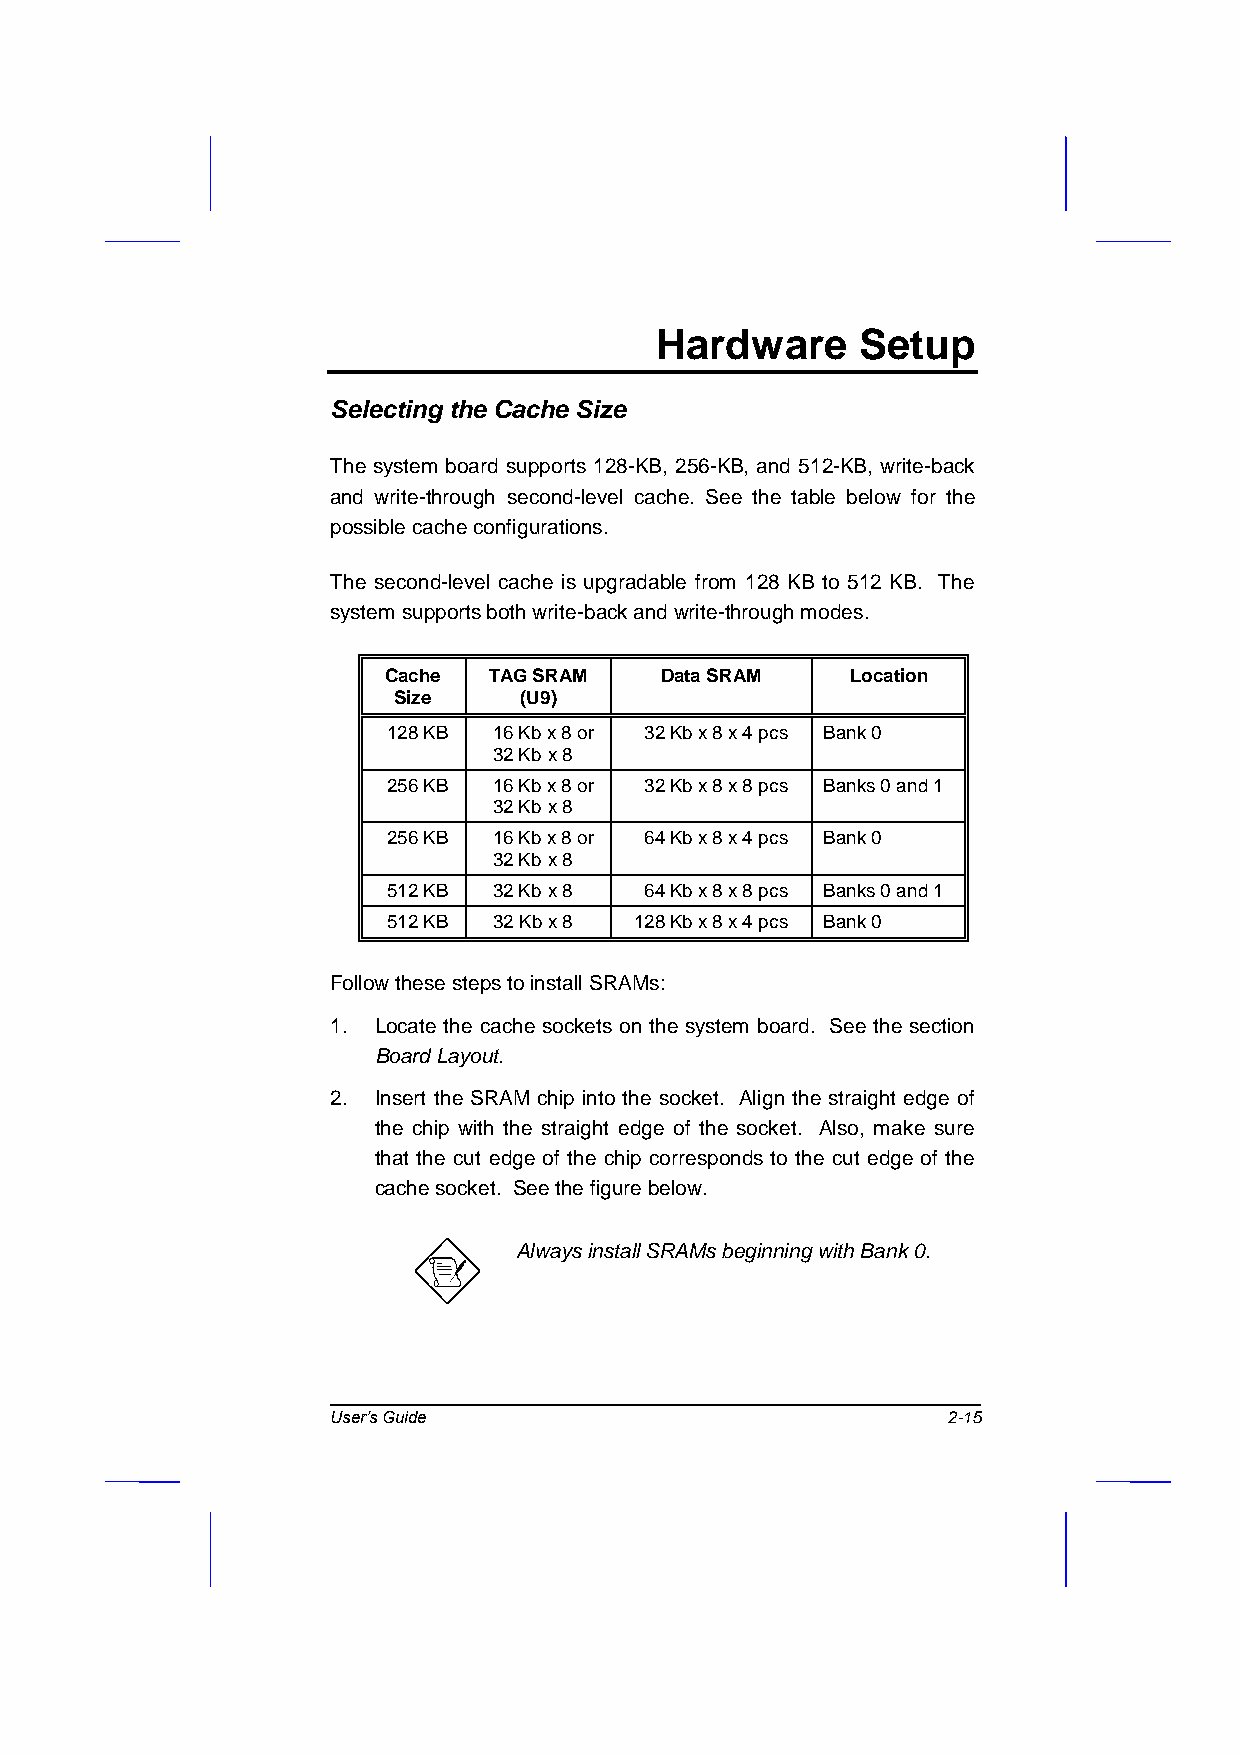
Hardware      Setup
 Selecting the Cache Size
 The system board supports 128-KB, 256-KB, and 512-KB, write-back
 and write-through second-level cache. See the table below for the
 possible cache configurations.
 The second-level cache is upgradable from 128 KB to 512 KB. The
 system supports both write-back and write-through modes.
 Cache  TAG SRAM    Data SRAM   Location
 Size    (U9)
 128 KB 16 Kb x 8 or 32 Kb x 8 x 4 pcs Bank 0
 32 Kb x 8
 256 KB 16 Kb x 8 or 32 Kb x 8 x 8 pcs Banks 0 and 1
 32 Kb x 8
 256 KB 16 Kb x 8 or 64 Kb x 8 x 4 pcs Bank 0
 32 Kb x 8
 512 KB 32 Kb x 8 64 Kb x 8 x 8 pcs Banks 0 and 1
 512 KB 32 Kb x 8 128 Kb x 8 x 4 pcs Bank 0
 Follow these steps to install SRAMs:
 1. Locate the cache sockets on the system board. See the section
 Board Layout.
 2. Insert the SRAM chip into the socket. Align the straight edge of
 the chip with the straight edge of the socket. Also, make sure
 that the cut edge of the chip corresponds to the cut edge of the
 cache socket. See the figure below.
 Always install SRAMs beginning with Bank 0.
 User’s Guide                             2-15